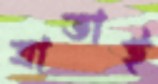
ত্রাতাই